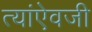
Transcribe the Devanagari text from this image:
त्यांऐवजी